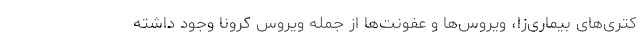
کتری‌های بیماری‌زا، ویروس‌ها و عفونت‌ها از جمله ویروس کرونا وجود داشته